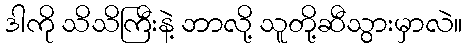
ဒါကို သိသိကြီးနဲ့ ဘာလို့ သူတို့ဆီသွားမှာလဲ။